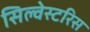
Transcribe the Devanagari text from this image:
सिल्वेस्टरिस